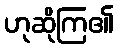
ဟုဆိုကြ၏